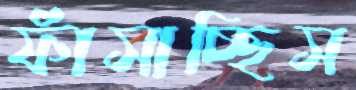
ফাঁসাচ্ছিস